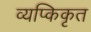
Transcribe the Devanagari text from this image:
व्यप्किकृत